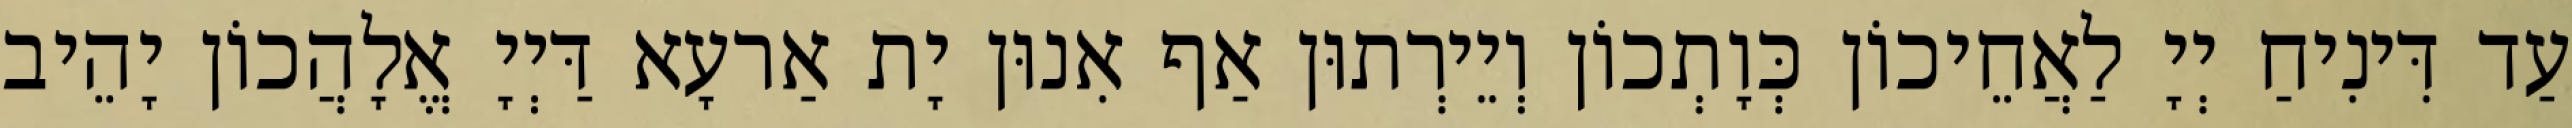
עַד דִּינִיחַ יְיָ לַאֲחֵיכוֹן כְּוָתְכוֹן וְיֵירְתוּן אַף אִנוּן יָת אַרעָא דַּיְיָ אֱלָהֲכוֹן יָהֵיב